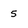
Character: 5